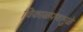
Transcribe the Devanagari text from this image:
चिकाळपणामुळे